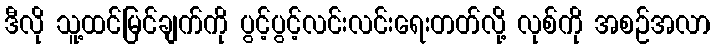
ဒီလို သူ့ထင်မြင်ချက်ကို ပွင့်ပွင့်လင်းလင်းရေးတတ်လို့ လုစ်ကို အစဉ်အလာ